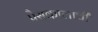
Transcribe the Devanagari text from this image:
पैसकालाची